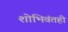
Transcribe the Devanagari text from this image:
शोभिवंतही